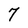
Character: 7